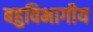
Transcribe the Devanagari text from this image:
बहुविभागीय